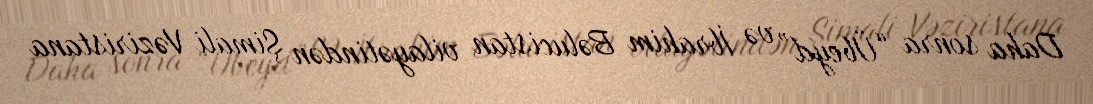
Daha sonra “Übeyd” və İbrahim Bəlucistan vilayətindən Şimali Vəziristana